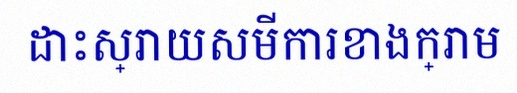
ដោះស្រាយសមីការខាងក្រោម